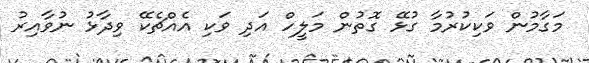
މަގާމުން ވަކިކުރުމާ ގުޅޭ ގޮތުން މަލީހް އަދި ވަކި އެއްޗެކޭ ވިދާޅު ނުވާއިރު